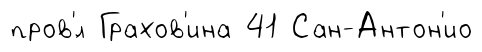
пров'́л Грахов'ина 41 Сан-Антон'ио